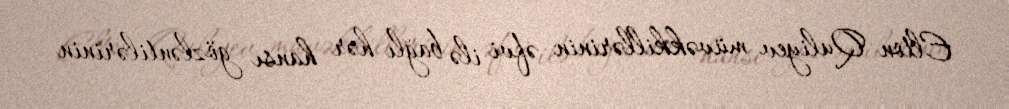
Elton Quliyev müvəkkillərinin əfvi ilə bağlı hər hansı gözləntilərinin